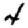
Digit: 4